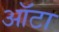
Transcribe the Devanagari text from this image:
ऑटा